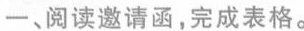
一、阅读邀请函，完成表格。